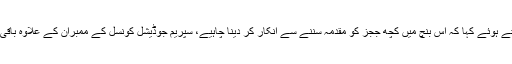
منیر اے ملک نے بنچ پر اعتراض کرتے ہوئے کہا کہ اس بنچ میں کچھ ججز کو مقدمہ سننے سے انکار کر دینا چاہیے، سپریم جوڈیشل کونسل کے ممبران کے علاوہ باقی ججز پرمشتمل فل کورٹ بنائی جائے۔